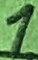
Text: 1